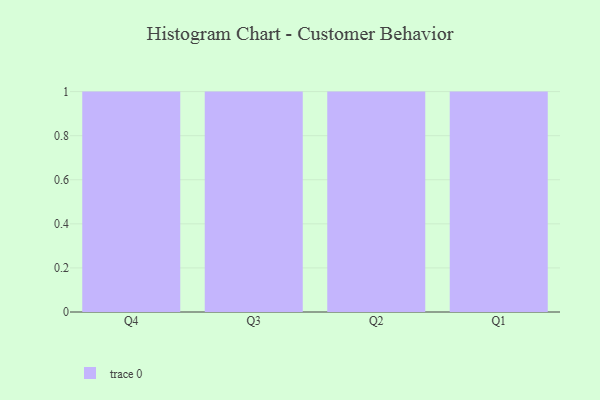
{"axis": {"x": "Quarter", "y": "LTV (USD)"}, "legend": [""], "data": [{"x": "Q4", "y": 77, "type": ""}, {"x": "Q3", "y": 86, "type": ""}, {"x": "Q2", "y": 68, "type": ""}, {"x": "Q1", "y": 34, "type": ""}]}